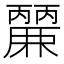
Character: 𮭹